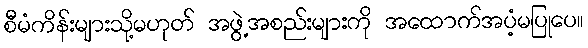
စီမံကိန်းများသို့မဟုတ် အဖွဲ့အစည်းများကို အထောက်အပံ့မပြုပေ။